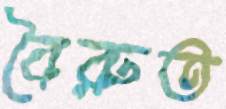
বৈরুত